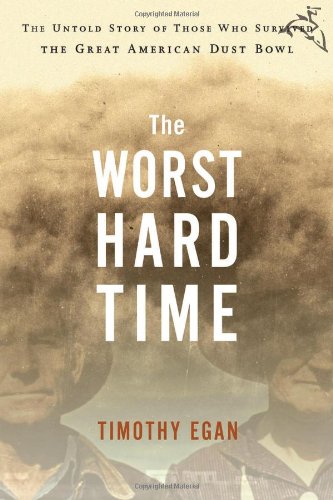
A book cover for The Worst Hard Time: The Untold Story of Those Who Survived the Great American Dust Bowl; Timothy Egan; Science & Math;